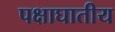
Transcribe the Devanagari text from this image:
पक्षाघातीय